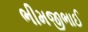
ભીમજીભાઈ